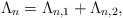
LaTeX: \begin{align*}\Lambda_n=\Lambda_{n,1}+\Lambda_{n,2},\end{align*}